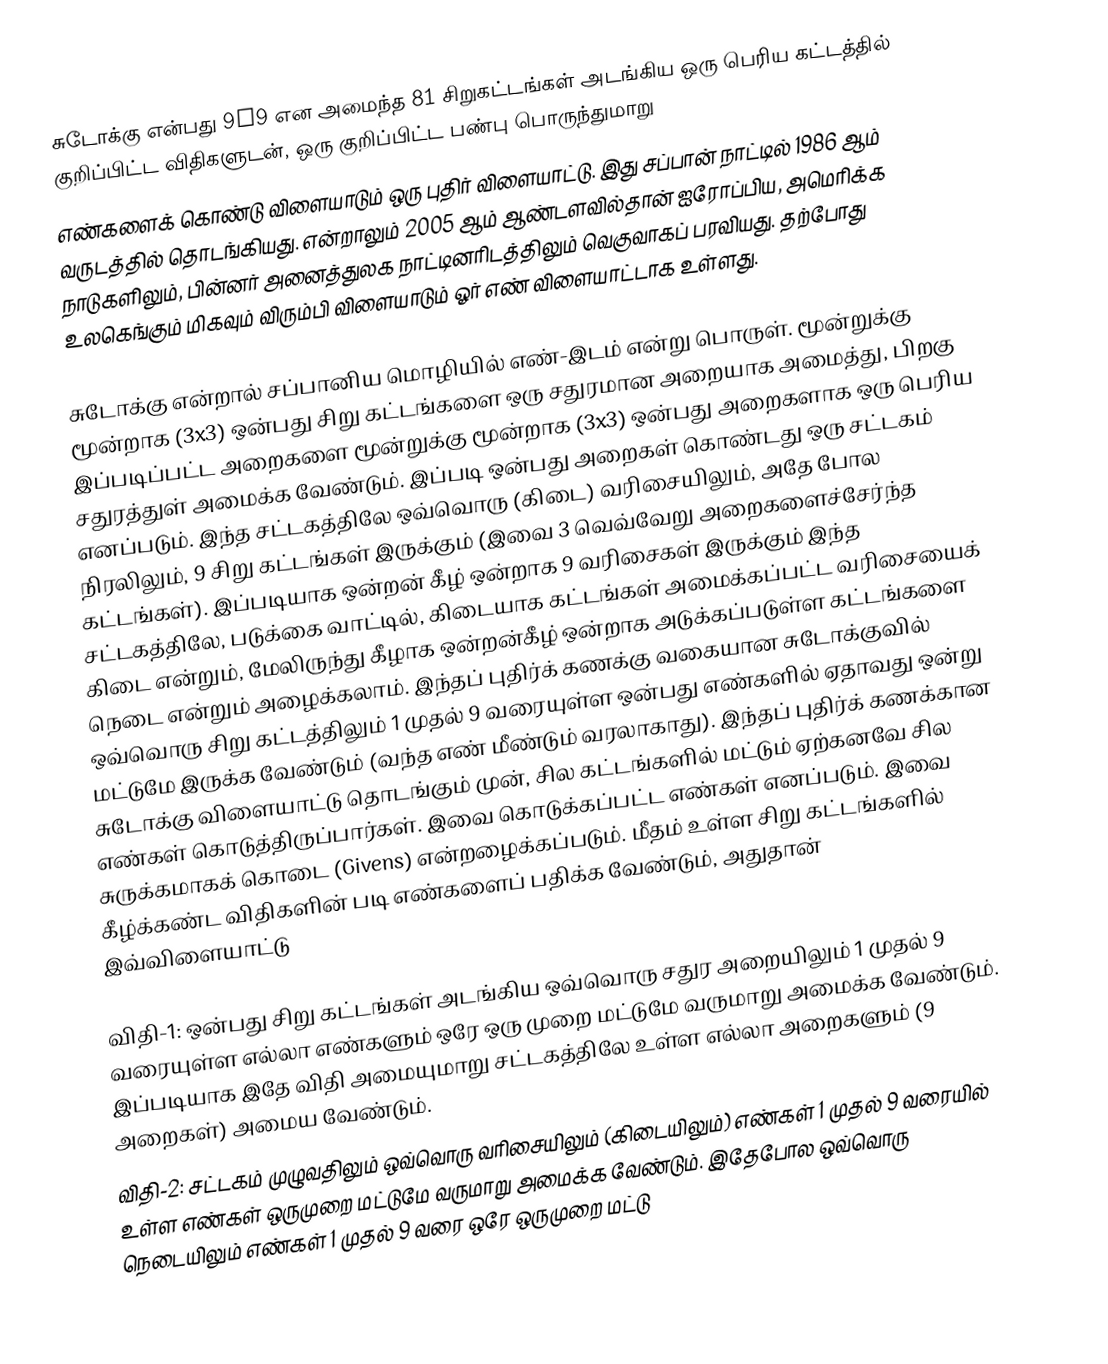
சுடோக்கு என்பது 9x9 என அமைந்த 81 சிறுகட்டங்கள் அடங்கிய ஒரு பெரிய கட்டத்தில் குறிப்பிட்ட விதிகளுடன், ஒரு குறிப்பிட்ட பண்பு பொருந்துமாறு
எண்களைக் கொண்டு விளையாடும் ஒரு புதிர் விளையாட்டு. இது சப்பான் நாட்டில் 1986 ஆம் வருடத்தில் தொடங்கியது. என்றாலும் 2005 ஆம் ஆண்டளவில்தான் ஐரோப்பிய, அமெரிக்க நாடுகளிலும்,  பின்னர் அனைத்துலக நாட்டினரிடத்திலும் வெகுவாகப் பரவியது. தற்போது உலகெங்கும் மிகவும் விரும்பி விளையாடும் ஓர் எண் விளையாட்டாக உள்ளது.

சுடோக்கு என்றால் சப்பானிய மொழியில் எண்-இடம் என்று பொருள். மூன்றுக்கு மூன்றாக (3x3) ஒன்பது சிறு கட்டங்களை ஒரு சதுரமான அறையாக அமைத்து, பிறகு இப்படிப்பட்ட அறைகளை மூன்றுக்கு மூன்றாக (3x3) ஒன்பது அறைகளாக ஒரு பெரிய சதுரத்துள் அமைக்க வேண்டும். இப்படி ஒன்பது அறைகள் கொண்டது ஒரு சட்டகம் எனப்படும். இந்த சட்டகத்திலே ஒவ்வொரு (கிடை) வரிசையிலும், அதே போல நிரலிலும், 9 சிறு கட்டங்கள் இருக்கும் (இவை 3 வெவ்வேறு அறைகளைச்சேர்ந்த கட்டங்கள்). இப்படியாக ஒன்றன் கீழ் ஒன்றாக 9 வரிசைகள் இருக்கும் இந்த சட்டகத்திலே, படுக்கை வாட்டில், கிடையாக கட்டங்கள் அமைக்கப்பட்ட வரிசையைக் கிடை என்றும், மேலிருந்து கீழாக ஒன்றன்கீழ் ஒன்றாக அடுக்கப்படுள்ள கட்டங்களை நெடை என்றும் அழைக்கலாம். இந்தப் புதிர்க் கணக்கு வகையான சுடோக்குவில் ஒவ்வொரு சிறு கட்டத்திலும் 1 முதல் 9 வரையுள்ள ஒன்பது எண்களில் ஏதாவது ஒன்று மட்டுமே இருக்க வேண்டும் (வந்த எண் மீண்டும் வரலாகாது). இந்தப் புதிர்க் கணக்கான சுடோக்கு விளையாட்டு தொடங்கும் முன், சில கட்டங்களில் மட்டும் ஏற்கனவே சில எண்கள் கொடுத்திருப்பார்கள். இவை கொடுக்கப்பட்ட எண்கள்  எனப்படும். இவை சுருக்கமாகக் கொடை (Givens) என்றழைக்கப்படும். மீதம் உள்ள சிறு கட்டங்களில் கீழ்க்கண்ட விதிகளின் படி எண்களைப் பதிக்க வேண்டும், அதுதான் இவ்விளையாட்டு

விதி-1: ஒன்பது சிறு கட்டங்கள் அடங்கிய ஒவ்வொரு சதுர அறையிலும் 1 முதல் 9 வரையுள்ள எல்லா எண்களும் ஒரே ஒரு முறை மட்டுமே வருமாறு அமைக்க வேண்டும். இப்படியாக இதே விதி அமையுமாறு சட்டகத்திலே உள்ள எல்லா அறைகளும் (9 அறைகள்) அமைய வேண்டும்.
விதி-2: சட்டகம் முழுவதிலும் ஒவ்வொரு வரிசையிலும் (கிடையிலும்) எண்கள் 1 முதல் 9 வரையில் உள்ள எண்கள் ஒருமுறை மட்டுமே வருமாறு அமைக்க வேண்டும். இதேபோல ஒவ்வொரு நெடையிலும் எண்கள் 1 முதல் 9 வரை ஒரே ஒருமுறை மட்டு